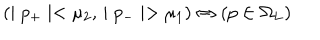
( \mid p _ { + } \mid < \mu _ { 2 } , \, \mid p _ { - } \mid > \mu _ { 1 } ) \Leftrightarrow ( p \in \Omega _ { L } )